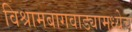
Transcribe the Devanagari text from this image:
विश्रामबागवाड्यामध्येच